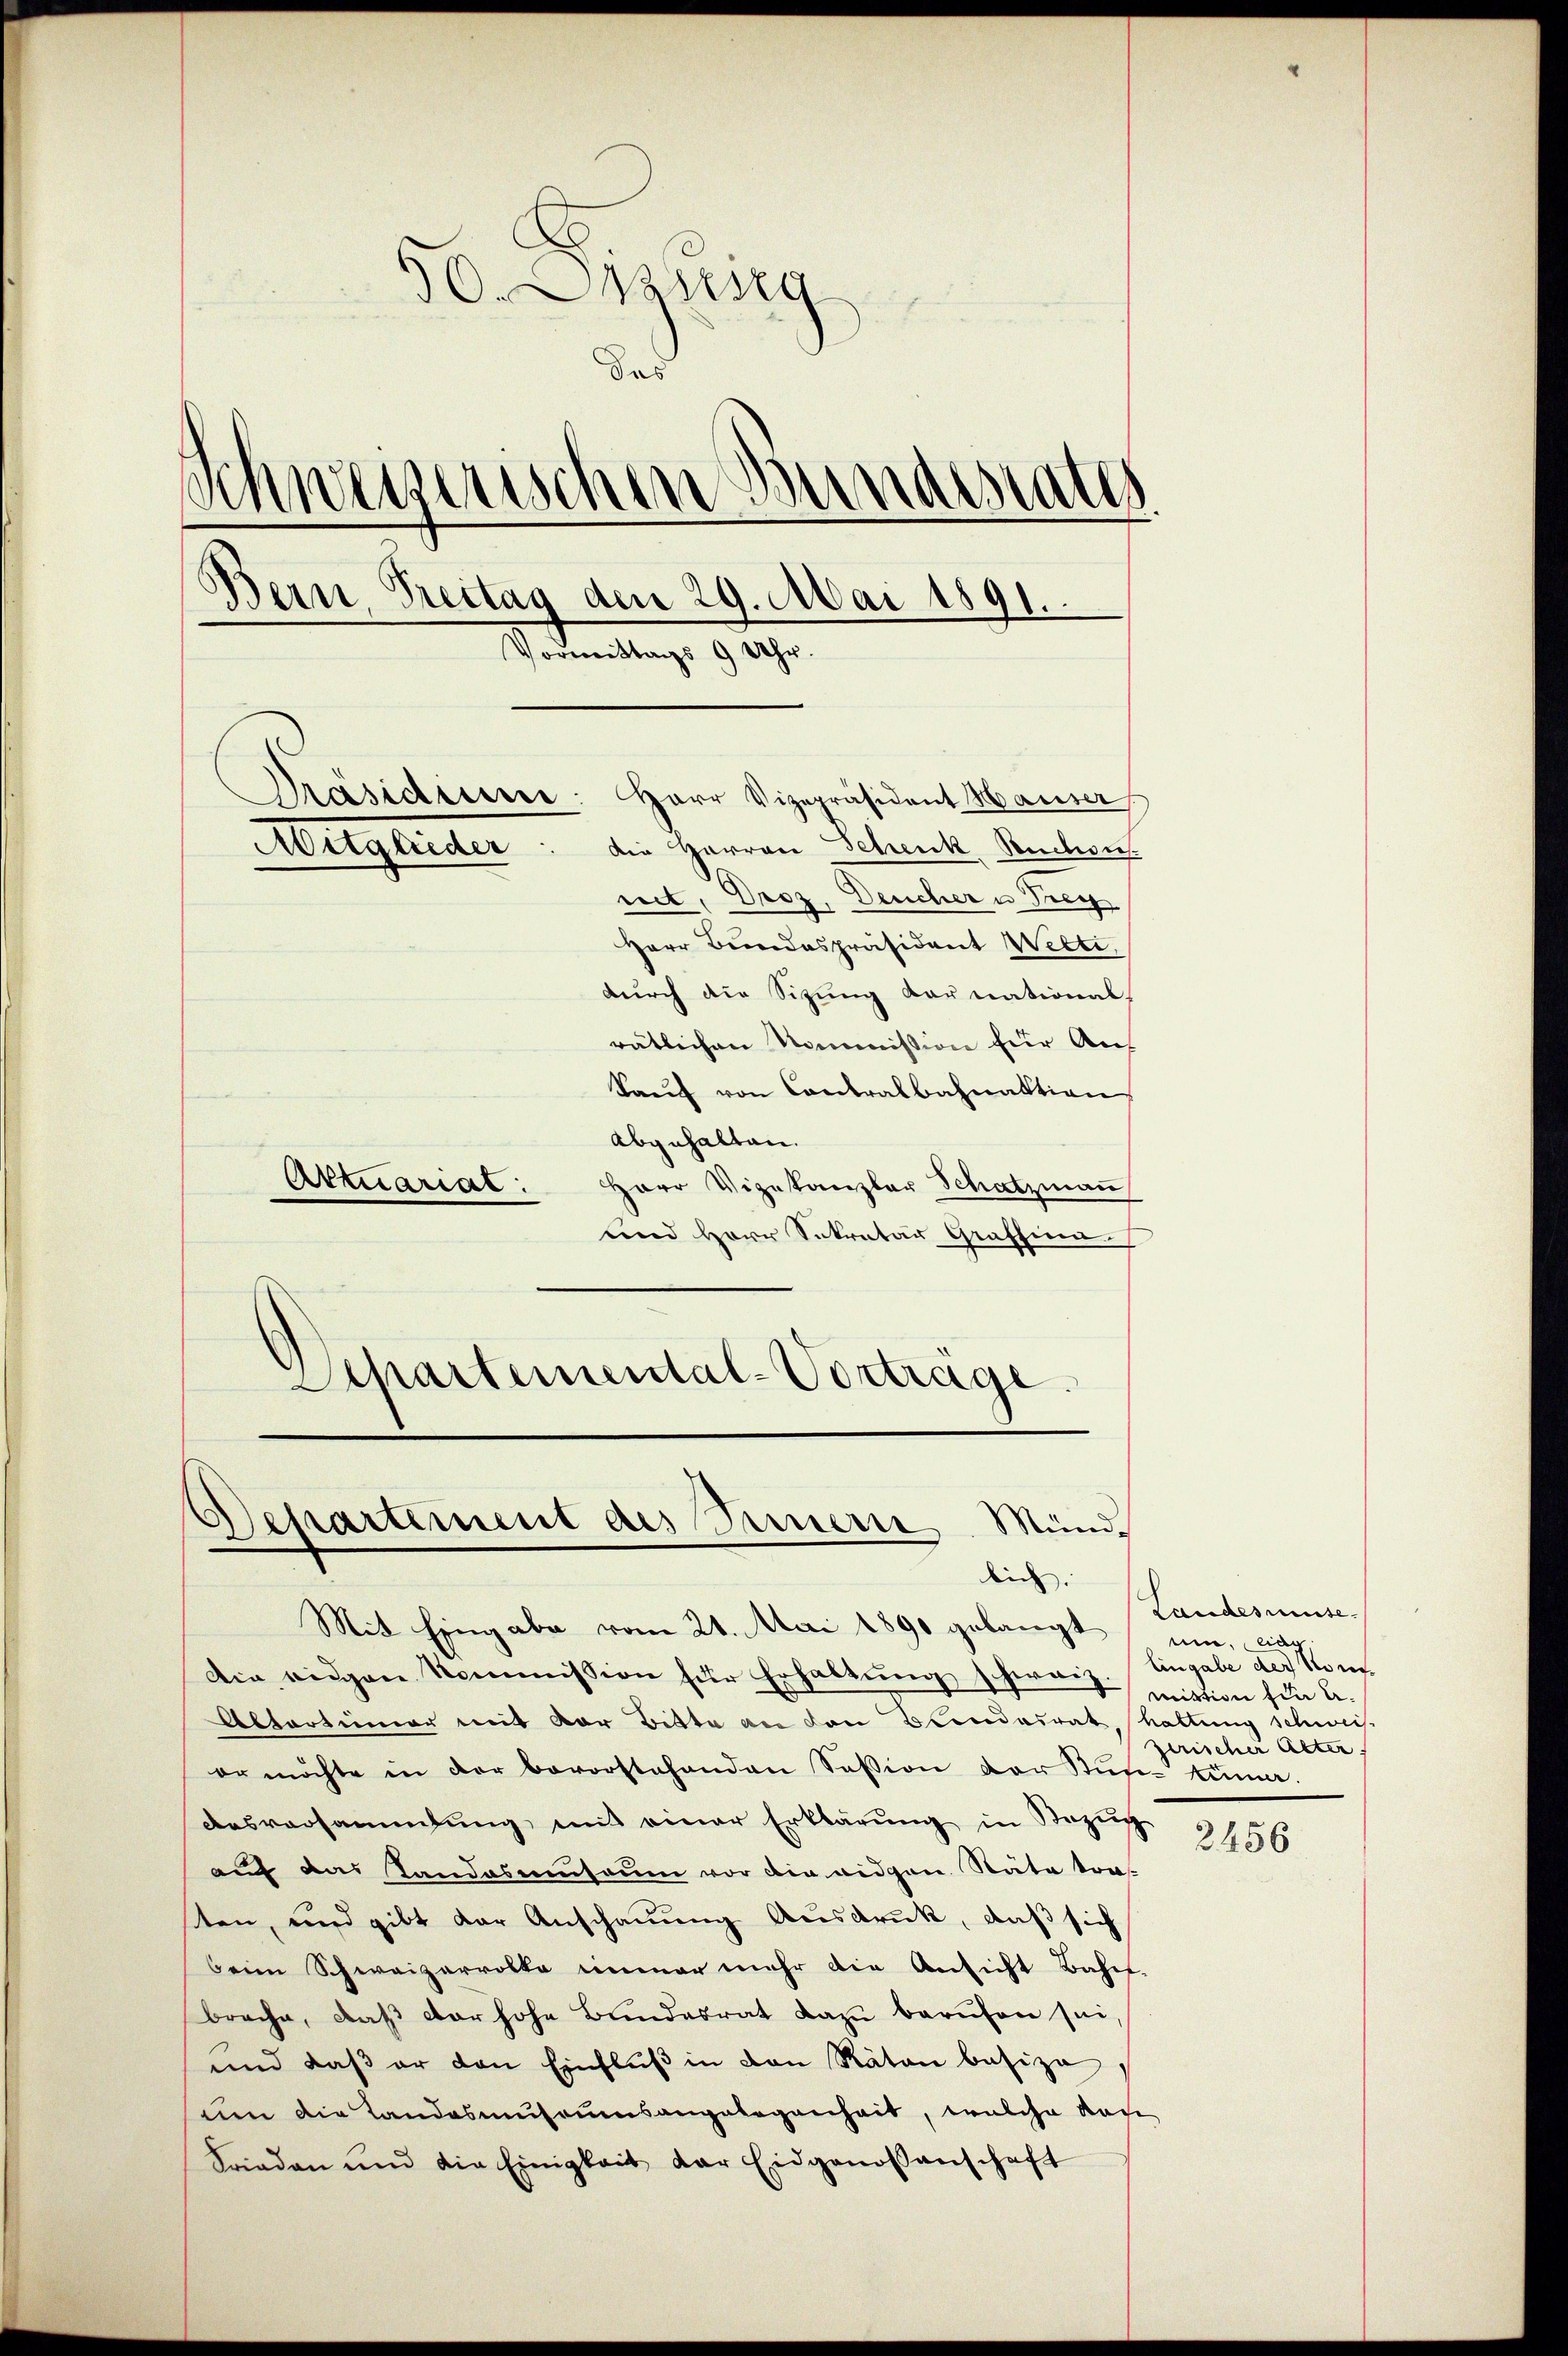
30. Desing
das
schweizerischen Bunde
A
.
ein, Brettag den 29. Mai 1891.
Vormittags 9 Uhr.
Präsidiere Herr Vizepräsident Hauser
Abergleiter
die Harron Schenk Ruchen.
nit, Droz, Deucher u Frey
Herr Bundespräsident Welti,
durch die Sitzung darnational-
rätlichen Nommission für Auf
kaŭf von Contralbahnaktion,
abgehalten.

Artuarial:
Herr Vizekanzler Schatzman
und Herr Sekretär Graffina
Departemental-Vorträge.

Departement des Innern Mundden:
Mit Eingabe vom 21. Mai 1890 gelangt

Die eidgen Kommission für Erhaltŭng schweiz.
Abtartinner mit vor Bitte an den Bundesrat
er möchte in der bevorstehenden Session der Stun könne.
Ausversammlung mit einer Erklärung in Bezug
auf das Sandasuntaum vor die eidgen. Räte tra-
sten, und gibt der Anschauung Ausdruck, daß sich
beim Schweizervolle immer mehr die Ansicht Bahn.
brache, daβ der hohe Bundesrat dazu berufen sei,
ŭnd daβ er den Einflŭβ in von Räten basize
um die Landasmuseumsangelegenheit, welche von
Frieden und die Einigkeit der Eidgenossenschaft

Landesmüse.
uin, lieg
Eingabe der Niemiktion für u.
haltung schweis
zerischer Alter

2456